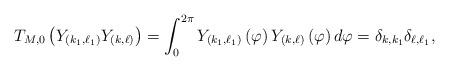
LaTeX: \begin{align*}T_{M,0}\left( Y_{\left( k_{1},\ell_{1}\right) }Y_{\left( k,\ell\right)}\right) =\int_{0}^{2\pi}Y_{\left( k_{1},\ell_{1}\right) }\left(\varphi\right) Y_{\left( k,\ell\right) }\left( \varphi\right)d\varphi=\delta_{k,k_{1}}\delta_{\ell,\ell_{1}}, \end{align*}